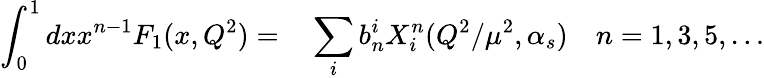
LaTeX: \int_{0}^{1}dxx^{n-1}F_{1}(x,Q^{2})=\phantom{-}\sum_{i}b_{n}^{i}X_{i}^{n}(Q^{2}/\mu^{2},\alpha_{s})\quad n=1,3,5,\ldots